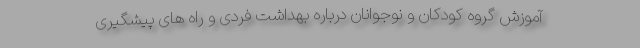
آموزش گروه کودکان و نوجوانان درباره بهداشت فردی و راه های پیشگیری